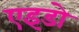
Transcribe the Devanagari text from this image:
एइडो